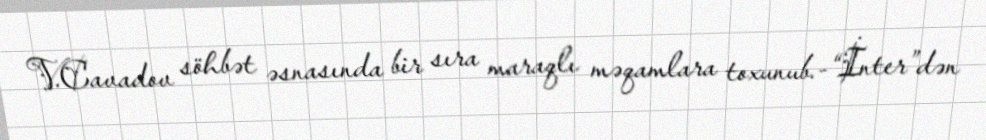
V.Cavadov söhbət əsnasında bir sıra maraqlı məqamlara toxunub.-“İnter”dən